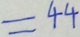
= 4 4